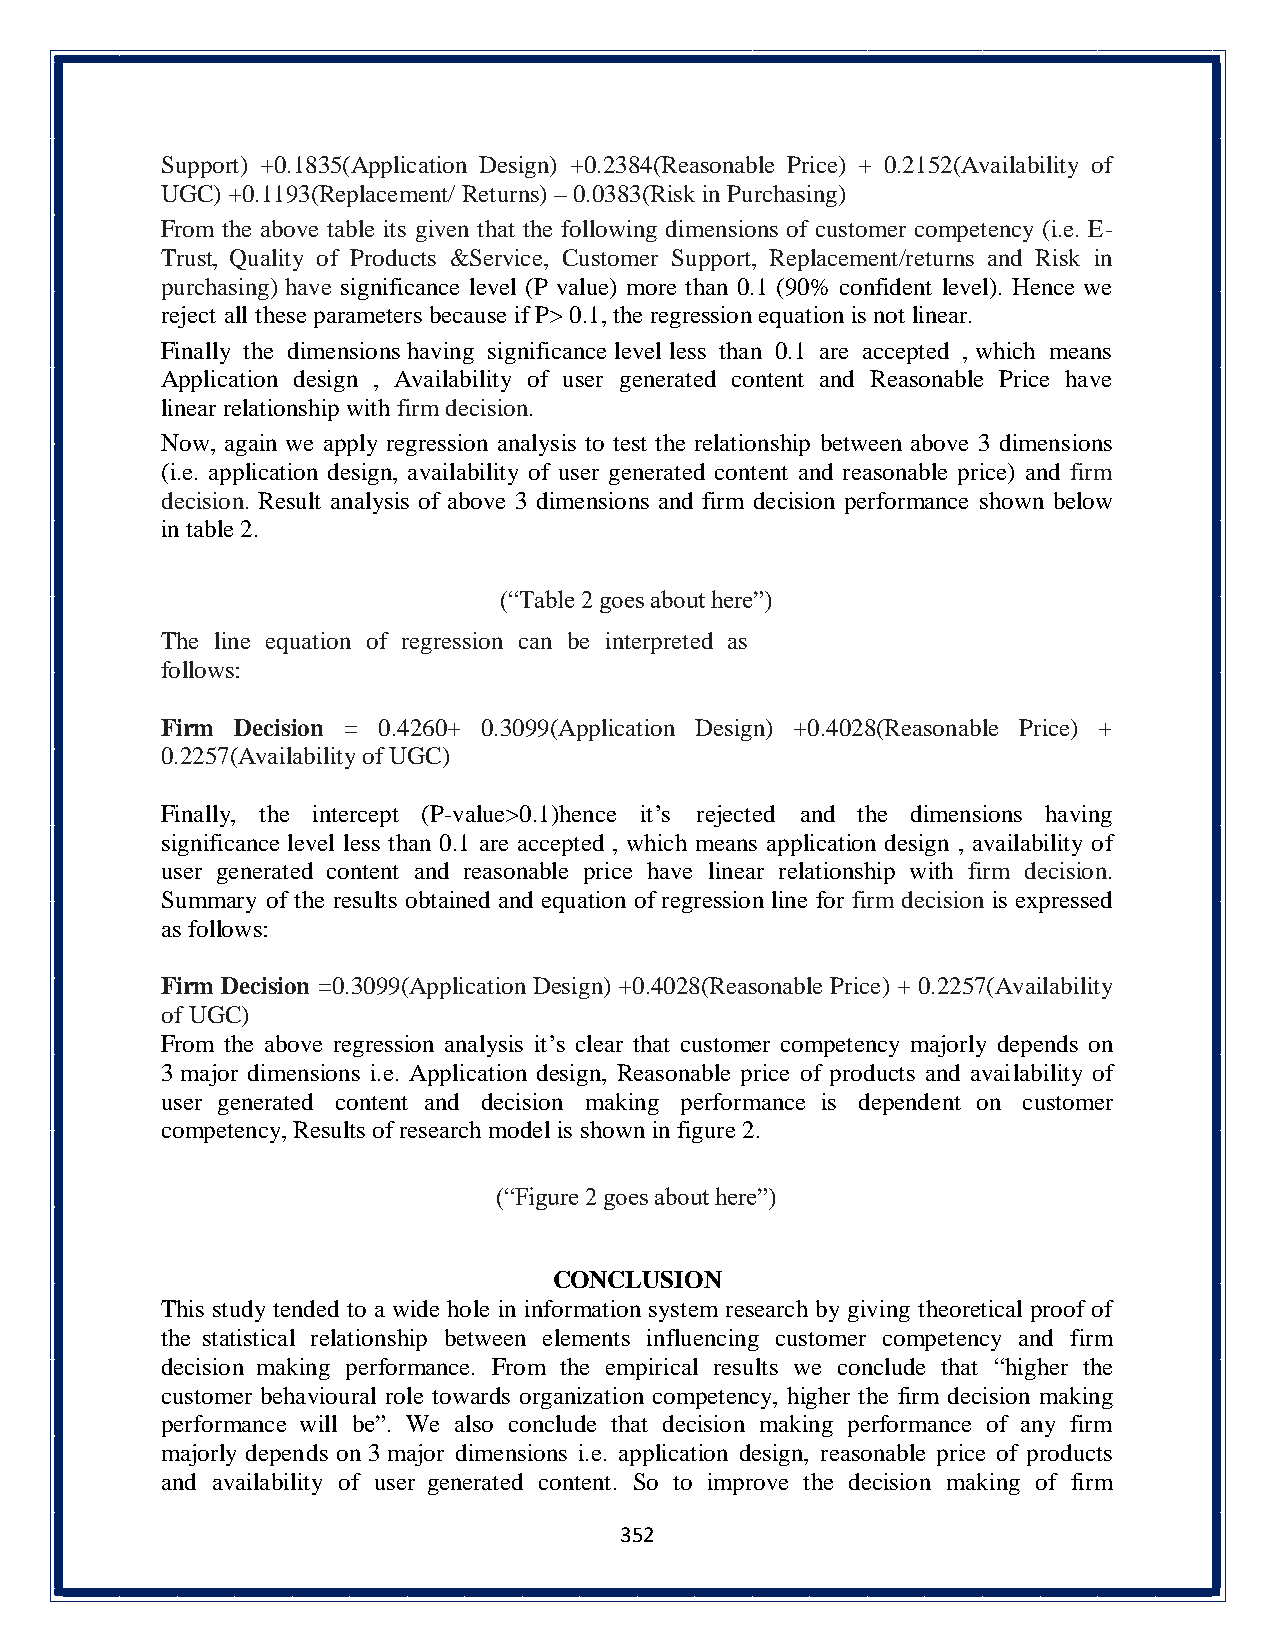
Support) +0.1835(Application Design) +0.2384(Reasonable Price) + 0.2152(Availability of
 UGC) +0.1193(Replacement/ Returns) – 0.0383(Risk in Purchasing)
 From the above table its given that the following dimensions of customer competency (i.e. E-
 Trust, Quality of Products &Service, Customer Support, Replacement/returns and Risk in
 purchasing) have significance level (P value) more than 0.1 (90% confident level). Hence we
 reject all these parameters because if P> 0.1, the regression equation is not linear.
 Finally the dimensions having significance level less than 0.1 are accepted , which means
 Application design , Availability of user generated content and Reasonable Price have
 linear relationship with firm decision.
 Now, again we apply regression analysis to test the relationship between above 3 dimensions
 (i.e. application design, availability of user generated content and reasonable price) and firm
 decision. Result analysis of above 3 dimensions and firm decision performance shown below
 in table 2.
 (“Table 2 goes about here”)
 The line equation of regression can be interpreted as
 follows:
 Firm Decision = 0.4260+ 0.3099(Application Design) +0.4028(Reasonable Price) +
 0.2257(Availability of UGC)
 Finally, the intercept (P-value>0.1)hence it’s rejected and the dimensions having
 significance level less than 0.1 are accepted , which means application design , availability of
 user generated content and reasonable price have linear relationship with firm decision.
 Summary of the results obtained and equation of regression line for firm decision is expressed
 as follows:
 Firm Decision =0.3099(Application Design) +0.4028(Reasonable Price) + 0.2257(Availability
 of UGC)
 From the above regression analysis it’s clear that customer competency majorly depends on
 3 major dimensions i.e. Application design, Reasonable price of products and availability of
 user generated content and decision making performance is dependent on customer
 competency, Results of research model is shown in figure 2.
 (“Figure 2 goes about here”)
 CONCLUSION
 This study tended to a wide hole in information system research by giving theoretical proof of
 the statistical relationship between elements influencing customer competency and firm
 decision making performance. From the empirical results we conclude that “higher the
 customer behavioural role towards organization competency, higher the firm decision making
 performance will be”. We also conclude that decision making performance of any firm
 majorly depends on 3 major dimensions i.e. application design, reasonable price of products
 and availability of user generated content. So to improve the decision making of firm
 352